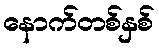
နောက်တစ်နှစ်